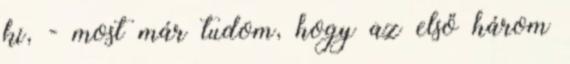
ki, - most már tudom, hogy az első három